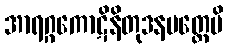
အာရဂ္ဂကောဋိနိတုဒနမတ္တေပိ